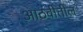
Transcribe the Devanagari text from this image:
आठवीतील